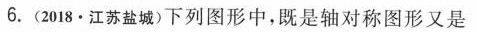
6.(2018·江苏盐城)下列图形中，既是轴对称图形又是